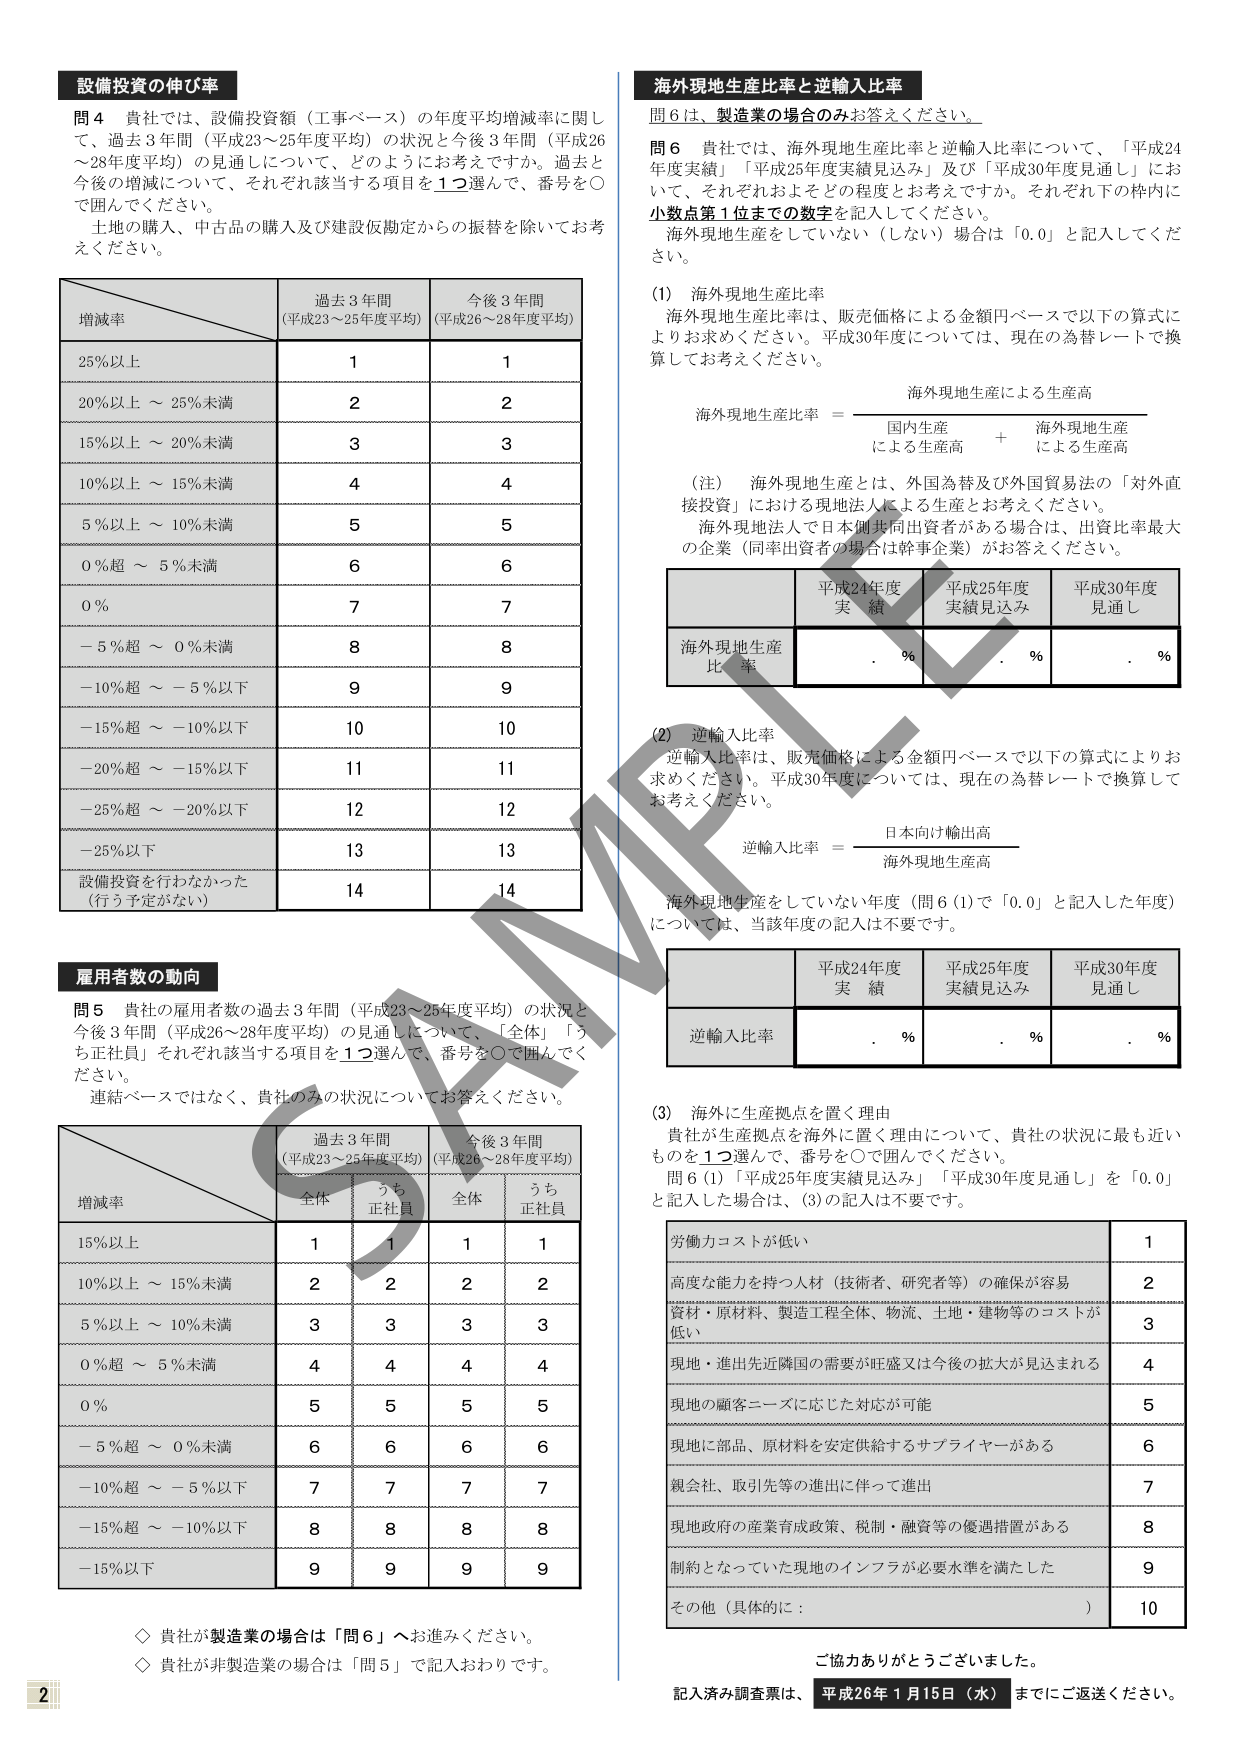
設備投資の伸び率

問4 貴社では、設備投資額（工事ベース）の年度平均増減率に関して、過去3年間（平成23～25年度平均）の状況と今後3年間（平成26～28年度平均）の見通しについて、どのようにお考えですか。過去と今後の増減について、それぞれ該当する項目を1つ選んで、番号を○で囲んでください。

土地の購入、中古品の購入及び建設仮勘定からの振替を除いてお考えください。

増減率 過去3年間（平成23～25年度平均） 今後3年間（平成26～28年度平均）
25％以上 1 1
20％以上～25％未満 2 2
15％以上～20％未満 3 3
10％以上～15％未満 4 4
5％以上～10％未満 5 5
0％超～5％未満 6 6
0％ 7 7
－5％超～0％未満 8 8
－10％超～－5％以下 9 9
－15％超～－10％以下 10 10
－20％超～－15％以下 11 11
－25％超～－20％以下 12 12
－25％以下 13 13
設備投資を行わなかった（行う予定がない） 14 14

雇用者数の動向

問5 貴社の雇用者数の過去3年間（平成23～25年度平均）の状況と今後3年間（平成26～28年度平均）の見通しについて、「全体」「うち正社員」それぞれ該当する項目を1つ選んで、番号を○で囲んでください。

連結ベースではなく、貴社のみの状況についてお答えください。

増減率 過去3年間（平成23～25年度平均） 今後3年間（平成26～28年度平均）
全体 うち正社員 全体 うち正社員
15％以上 1 1 1 1
10％以上～15％未満 2 2 2 2
5％以上～10％未満 3 3 3 3
0％超～5％未満 4 4 4 4
0％ 5 5 5 5
－5％超～0％未満 6 6 6 6
－10％超～－5％以下 7 7 7 7
－15％超～－10％以下 8 8 8 8
－15％以下 9 9 9 9

◇ 貴社が製造業の場合は「問6」へお進みください。
◇ 貴社が非製造業の場合は「問5」で記入おわりです。

海外現地生産比率と逆輸入比率

問6は、製造業の場合のみお答えください。

問6 貴社では、海外現地生産比率と逆輸入比率について、「平成24年度実績」「平成25年度実績見込み」及び「平成30年度見通し」において、それぞれおよその程度とお考えですか。それぞれ下の枠内に小数点第1位までの数字を記入してください。

海外現地生産をしていない（しない）場合は「0.0」と記入してください。

(1) 海外現地生産比率

海外現地生産比率は、販売価格による金額円ベースで以下の算式によりお求めください。平成30年度については、現在の為替レートで換算してお考えください。

海外現地生産比率 = 海外現地生産による生産高 / （国内生産による生産高 + 海外現地生産による生産高）

（注） 海外現地生産とは、外国為替及び外国貿易法の「対外直接投資」における現地法人による生産とお考えください。

海外現地法人で日本側共同出資者がある場合は、出資比率最大の企業（同率出資者の場合は幹事企業）がお答えください。

平成24年度実績 平成25年度実績見込み 平成30年度見通し
海外現地生産比率. %. %. %

(2) 逆輸入比率

逆輸入比率は、販売価格による金額円ベースで以下の算式によりお求めください。平成30年度については、現在の為替レートで換算してお考えください。

逆輸入比率 = 日本向け輸出高 / 海外現地生産高

海外現地生産をしていない年度（問6(1)で「0.0」と記入した年度）については、当該年度の記入は不要です。

平成24年度実績 平成25年度実績見込み 平成30年度見通し
逆輸入比率. %. %. %

(3) 海外に生産拠点を置く理由

貴社が生産拠点を海外に置く理由について、貴社の状況に最も近いものを1つ選んで、番号を○で囲んでください。

問6(1)「平成25年度実績見込み」「平成30年度見通し」を「0.0」と記入した場合は、(3)の記入は不要です。

労働力コストが低い 1
高度な能力を持つ人材（技術者、研究者等）の確保が容易 2
資材・原材料、製造工程全体、物流、土地・建物等のコストが低い 3
現地・進出先近隣国の需要が旺盛又は今後の拡大が見込まれる 4
現地の顧客ニーズに応じた対応が可能 5
現地に部品、原材料を安定供給するサプライヤーがある 6
親会社、取引先等の進出に伴って進出 7
現地政府の産業育成政策、税制・融資等の優遇措置がある 8
制約となっていた現地のインフラが必要水準を満たした 9
その他（具体的に： ） 10

ご協力ありがとうございました。

記入済み調査票は、平成26年1月15日（水）までにご返送ください。